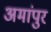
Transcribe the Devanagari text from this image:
अमांपुर